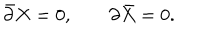
\bar { \partial } X = 0 , \; \partial \bar { X } = 0 .